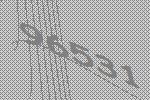
96531